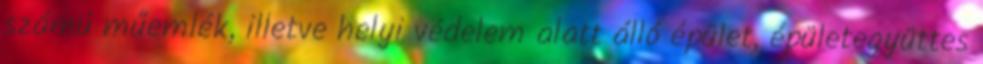
számú műemlék, illetve helyi védelem alatt álló épület, épületegyüttes